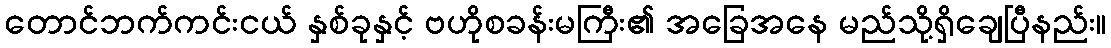
တောင်ဘက်ကင်းငယ် နှစ်ခုနှင့် ဗဟိုစခန်းမကြီး၏ အခြေအနေ မည်သို့ရှိချေပြီနည်း။